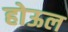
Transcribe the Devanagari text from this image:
होऊल